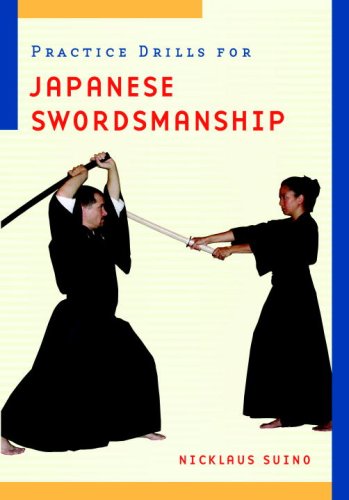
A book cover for Practice Drills for Japanese Swordsmanship; Nicklaus Suino; Sports & Outdoors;